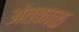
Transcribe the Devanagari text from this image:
अंतकाळ